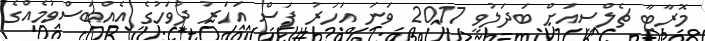
މޮރާޓާ ޗެލްސީއަށް ބަދަލުވީ 2017 ވަނަ އަހަރު ފަސް އަހަރު ދުވަހުގެ އެއްބަސްވުމެއްގެ